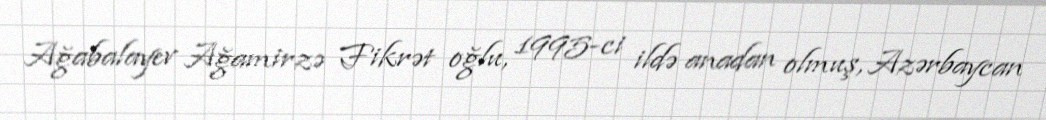
Ağabalayev Ağamirzə Fikrət oğlu, 1995-ci ildə anadan olmuş, Azərbaycan